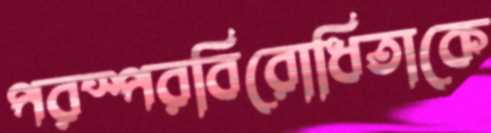
পরস্পরবিরোধিতাকে